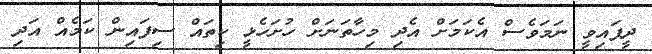
ދީފައިވީ ނަމަވެސް އެކަމަށް އެދި މިހާތަނަށް ހުށަހެޅީ ކިތައް ސިފައިން ކަމެއް އަދި